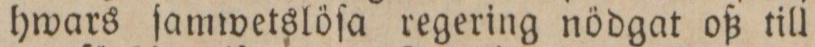
hwars ſamwetslöſa regering nödgat oß till